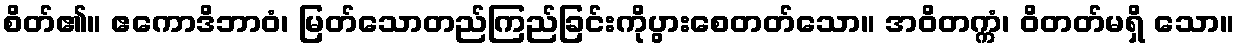
စိတ်၏။ ဧကောဒိဘာဝံ၊ မြတ်သောတည်ကြည်ခြင်းကိုပွားစေတတ်သော။ အဝိတက္ကံ၊ ဝိတတ်မရှိ သော။